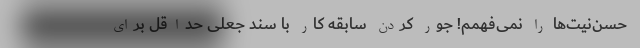
حسن‌نیت‌ها را نمی‌فهمم! جور کردن سابقه کار با سند جعلی حداقل برای